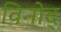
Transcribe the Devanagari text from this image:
विनोद्